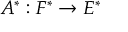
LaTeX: A ^ { * } : F ^ { * } \to E ^ { * }